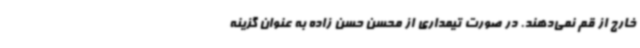
خارج از قم نمی‌دهند. در صورت تیمداری از محسن حسن زاده به عنوان گزینه